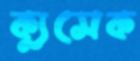
ক্যুসেক